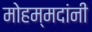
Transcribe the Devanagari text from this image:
मोहम्मदांनी